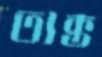
ত্যক্ত